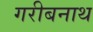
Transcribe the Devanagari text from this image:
गरीबनाथ